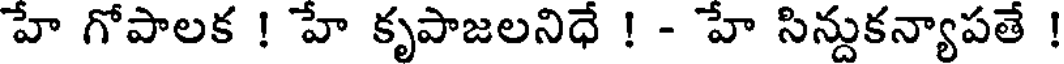
హే గోపాలక ! హే కృపాజలనిధే ! - హే సిన్దుకన్యాపతే !